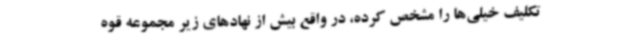
تکلیف خیلی‌ها را مشخص کرده، در واقع بیش از نهادهای زیر مجموعه قوه